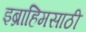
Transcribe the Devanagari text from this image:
इब्राहिमसाठी